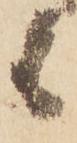
候